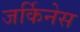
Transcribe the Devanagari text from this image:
जर्किनेस